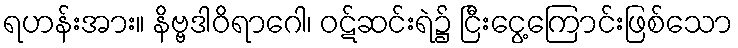
ရဟန်းအား။ နိဗ္ဗဒါဝိရာဂေါ၊ ဝဋ်ဆင်းရဲ၌ ငြီးငွေ့ကြောင်းဖြစ်သော